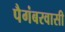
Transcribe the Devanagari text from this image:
पैगंबरवासी